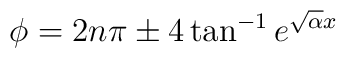
\phi= 2n\pi  \pm 4\tan^{-1} e^{\sqrt{\alpha}x}